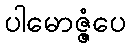
ပါမောဇ္ဇံပေ